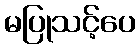
မပြုသင့်ပေ